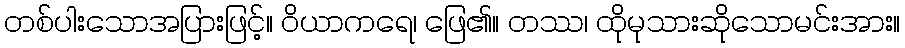
တစ်ပါးသောအပြားဖြင့်။ ဝိယာကရေ၊ ဖြေ၏။ တဿ၊ ထိုမုသားဆိုသောမင်းအား။